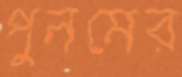
পুনমের